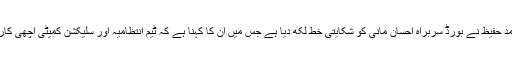
ایشیا کپ کے لیے قومی ٹیم سے باہر کیے جانے پر محمد حفیظ نے بورڈ سربراہ احسان مانی کو شکایتی خط لکھ دیا ہے جس میں ان کا کہنا ہے کہ ٹیم انتظامیہ اور سلیکشن کمیٹی اچھی کارکردگی کے باوجود جان بوجھ کر نظر انداز کررہی ہے۔